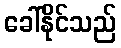
ခေါ်နိုင်သည်